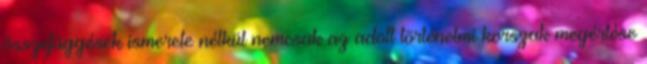
összefüg­gé­sek ismerete nélkül nemcsak az adott történelmi korszak megérté­se